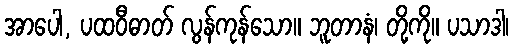
အာပေါ, ပထဝီဓာတ် လွန်ကုန်သော။ ဘူတာနံ၊ တို့ကို။ ပသာဒါ၊